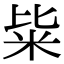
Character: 粊